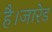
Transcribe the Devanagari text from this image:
है।जारेड